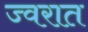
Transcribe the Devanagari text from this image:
ज्वरात